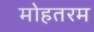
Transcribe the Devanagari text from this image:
मोहतरम